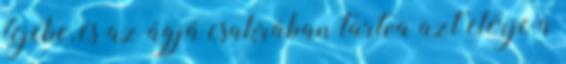
fejébe, és az ágjá csakrában tartva azt elérje a